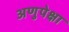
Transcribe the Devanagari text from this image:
अणुपेक्षा